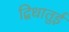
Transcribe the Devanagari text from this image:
द्विधातुई